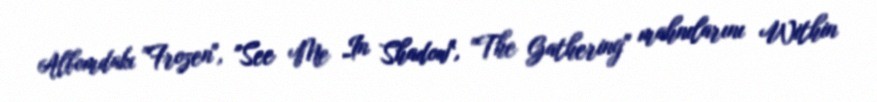
Albomdakı "Frozen", "See Me In Shadow", "The Gathering" mahnılarını Within